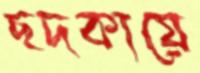
ছদকায়ে